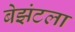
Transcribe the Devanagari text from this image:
बेझंटला